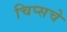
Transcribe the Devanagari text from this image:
चिप्सचे